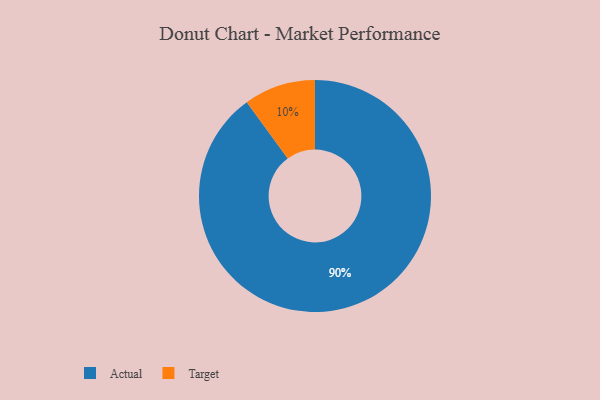
{"axis": {"x": "Category", "y": "Percentage"}, "legend": ["Actual", "Target"], "data": [{"x": "Actual", "y": 90, "type": "Actual"}, {"x": "Target", "y": 10, "type": "Target"}]}